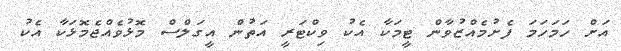
އަށް ހަމަހަމަ ފެށުމެއްޒުވާން ޓީމަކާ އެކު ވިކްޓަރީ އަތުން އީގަލްސް މޮޅުވެއްޖެމޮޅަކާ އެކު